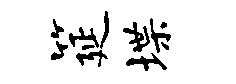
筵堞